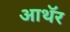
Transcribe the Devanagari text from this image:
आथॅर